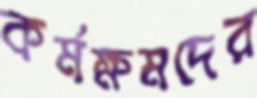
কর্মক্ষমদের